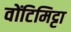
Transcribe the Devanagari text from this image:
वोंटिमिट्टा